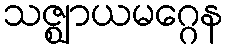
သဇ္ဈာယမဂ္ဂေန